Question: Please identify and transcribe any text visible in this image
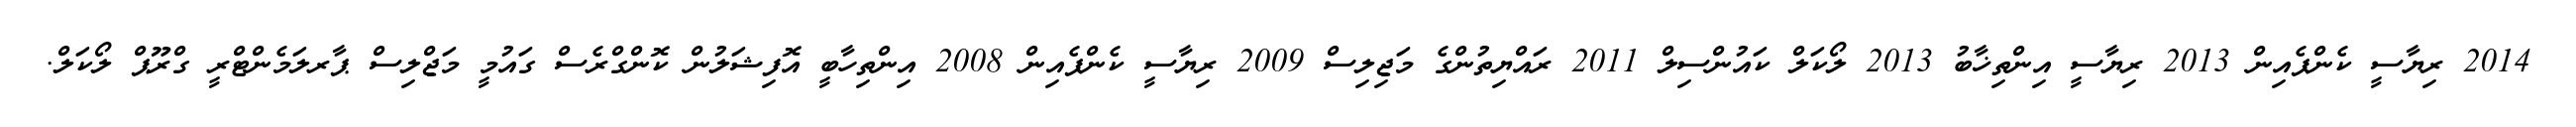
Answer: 2014 ރިޔާސީ ކެންޕެއިން 2013 ރިޔާސީ އިންތިޚާބު 2013 ލޯކަލް ކައުންސިލް 2011 ރައްޔިތުންގެ މަޖިލިސް 2009 ރިޔާސީ ކެންޕެއިން 2008 އިންތިހާބީ އޮފިޝަލުން ކޮންގްރެސް ގައުމީ މަޖްލިސް ޕާރލަމެންޓްރީ ގްރޫޕް ލޯކަލް.